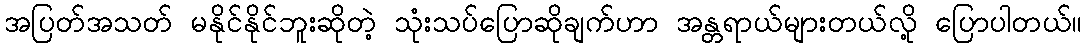
အပြတ်အသတ် မနိုင်နိုင်ဘူးဆိုတဲ့ သုံးသပ်ပြောဆိုချက်ဟာ အန္တရာယ်များတယ်လို့ ပြောပါတယ်။